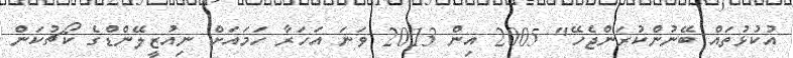
އުކުޅުތައް ބޭނުންކުރަންޖެހޭ" 2005 އިން 2013 ވަނަ އަހަރާ ހަމައަށް ނިއުޒީލޭންޑްގެ ކޯޗުކަން